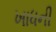
ખાધની